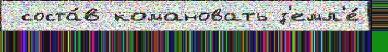
 соста́в комановать з'емл'е́